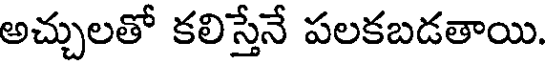
అచ్చులతో కలిస్తేనే పలకబడతాయి.